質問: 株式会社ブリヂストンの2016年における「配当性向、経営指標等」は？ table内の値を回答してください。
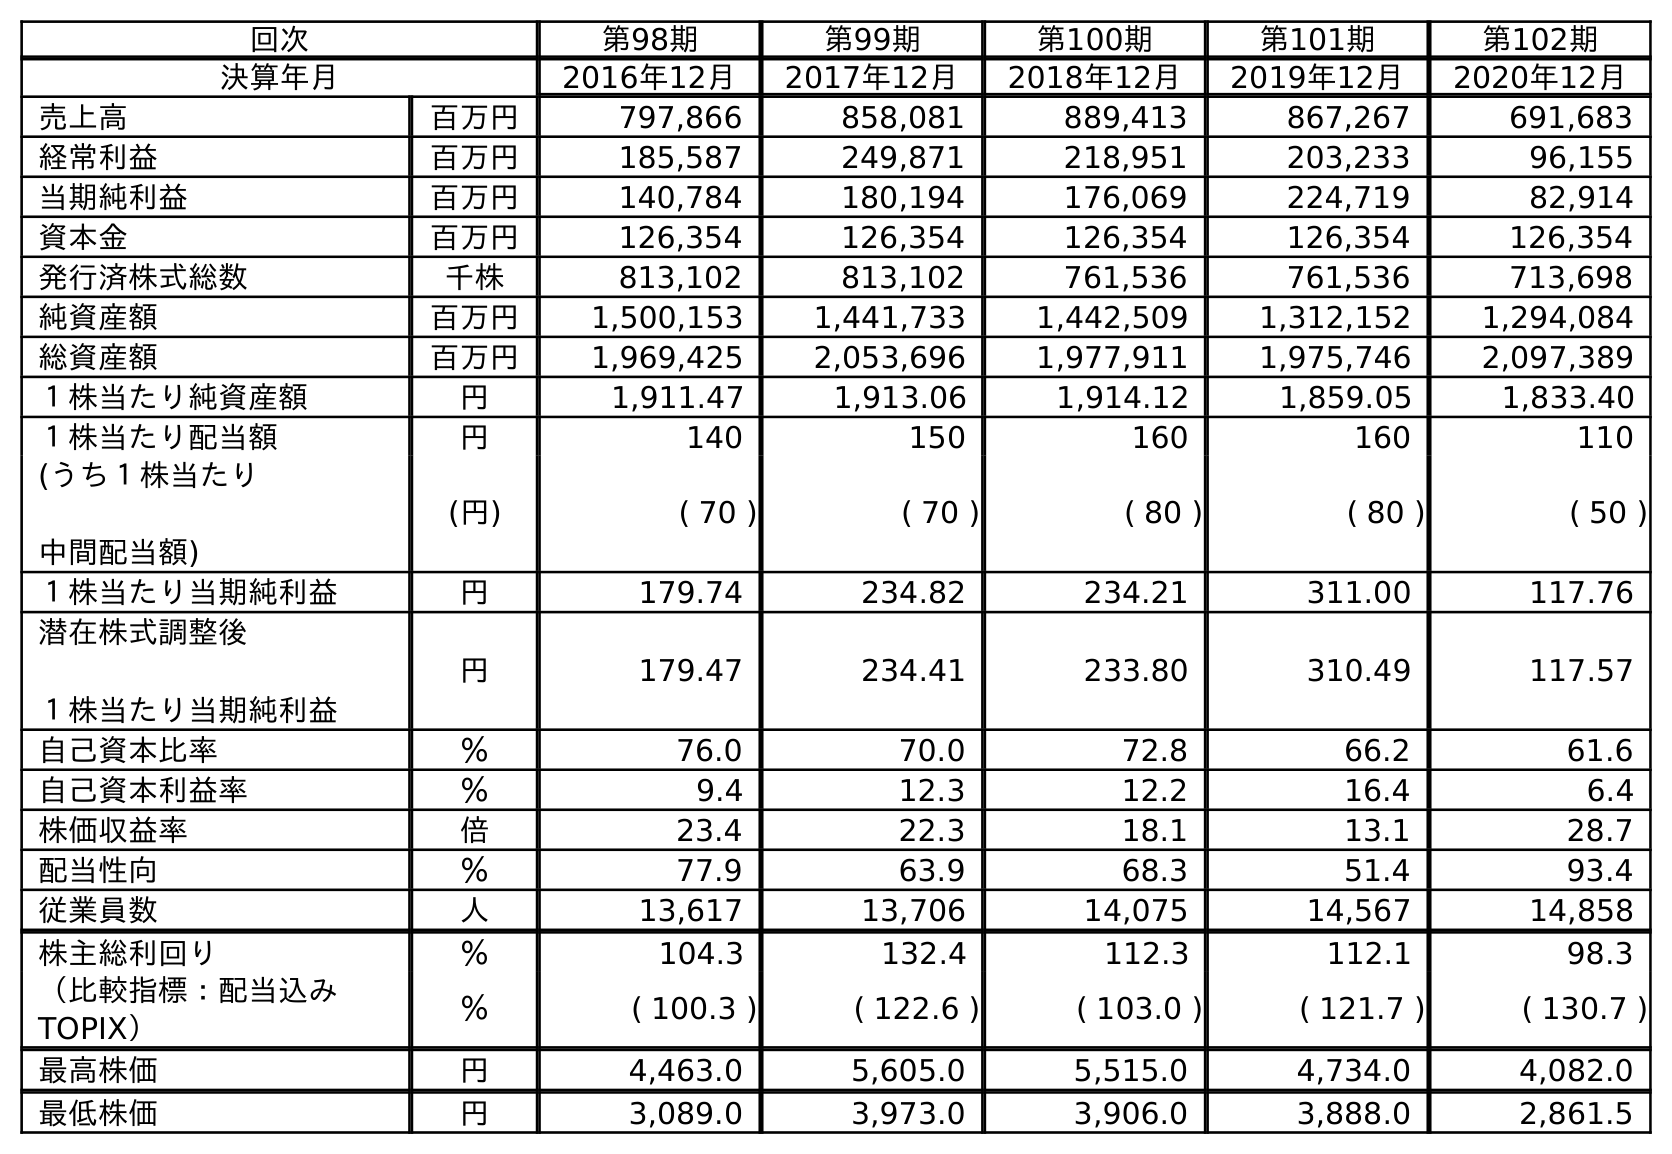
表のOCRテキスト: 回次 第98期 第99期 第100期 第101期 第102期 決算年月 2016年12月 2017年12月 2018年12月 2019年12月 2020年12月 売上高 百万円 797,866 858,081 889,413 867,267 691,683 経常利益 百万円 185,587 249,871 218,951 203,233 96,155 当期純利益 百万円 140,784 180,194 176,069 224,719 82,914 資本金 百万円 126,354 126,354 126,354 126,354 126,354 発行済株式総数 千株 813,102 813,102 761,536 761,536 713,698 純資産額 百万円 1,500,153 1,441,733 1,442,509 1,312,152 1,294,084 総資産額 百万円 1,969,425 2,053,696 1,977,911 1,975,746 2,097,389 １株当たり純資産額 円 1,911.47 1,913.06 1,914.12 1,859.05 1,833.40 １株当たり配当額 円 140 150 160 160 110 (うち１株当たり 中間配当額) (円) ( 70 ) ( 70 ) ( 80 ) ( 80 ) ( 50 ) １株当たり当期純利益 円 179.74 234.82 234.21 311.00 117.76 潜在株式調整後 １株当たり当期純利益 円 179.47 234.41 233.80 310.49 117.57 自己資本比率 ％ 76.0 70.0 72.8 66.2 61.6 自己資本利益率 ％ 9.4 12.3 12.2 16.4 6.4 株価収益率 倍 23.4 22.3 18.1 13.1 28.7 配当性向 ％ 77.9 63.9 68.3 51.4 93.4 従業員数 人 13,617 13,706 14,075 14,567 14,858 株主総利回り ％ 104.3 132.4 112.3 112.1 98.3 （比較指標：配当込み TOPIX） ％ ( 100.3 ) ( 122.6 ) ( 103.0 ) ( 121.7 ) ( 130.7 ) 最高株価 円 4,463.0 5,605.0 5,515.0 4,734.0 4,082.0 最低株価 円 3,089.0 3,973.0 3,906.0 3,888.0 2,861.5
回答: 77.9